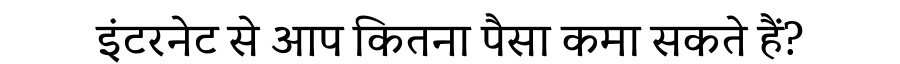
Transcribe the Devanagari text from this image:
इंटरनेट से आप कितना पैसा कमा सकते हैं?